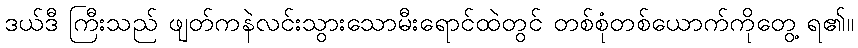
ဒယ်ဒီ ကြီးသည် ဖျတ်ကနဲလင်းသွားသောမီးရောင်ထဲတွင် တစ်စုံတစ်ယောက်ကိုတွေ့ ရ၏။